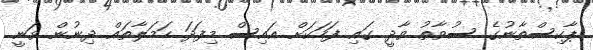
ޕާކިސްތާނުގެ ސުވާތު ވާދީ ގައި ފަހަކަށް އައިސް މިފަދަ ހަމަލާތައް ދިނުން ވަނީ